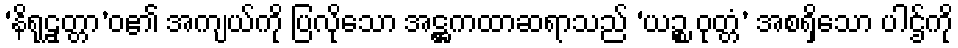
‘နိရုဠှတ္တာ’ဝ၏ အကျယ်ကို ပြလိုသော အဋ္ဌကထာဆရာသည် ‘ယဉ္စ ဝုတ္တံ’ အစရှိသော ပါဌ်ကို